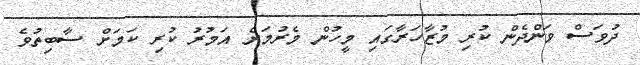
ދުވަސް ވަންދެން ކުރި މުޒާހަރާގައި މީހުން މެރުމަށް އަމުރު ކުރި ކަމަށް ސާބިތުވެ